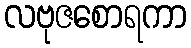
လဗုဇစောရကာ